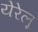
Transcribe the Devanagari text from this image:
येरेलू